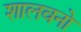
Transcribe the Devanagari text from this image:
शालवनो